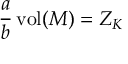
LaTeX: \frac { a } { b } \, \mathrm { v o l } ( { \cal M } ) = Z _ { K }